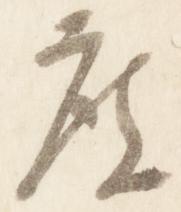
度